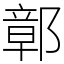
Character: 鄣